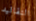
التقاليد